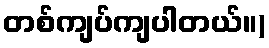
တစ်ကျပ်ကျပါတယ်။)